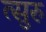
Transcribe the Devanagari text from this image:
त्सुरु